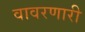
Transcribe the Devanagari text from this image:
वावरणारी